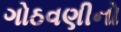
ગોઠવણીનો